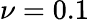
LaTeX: \nu=0.1